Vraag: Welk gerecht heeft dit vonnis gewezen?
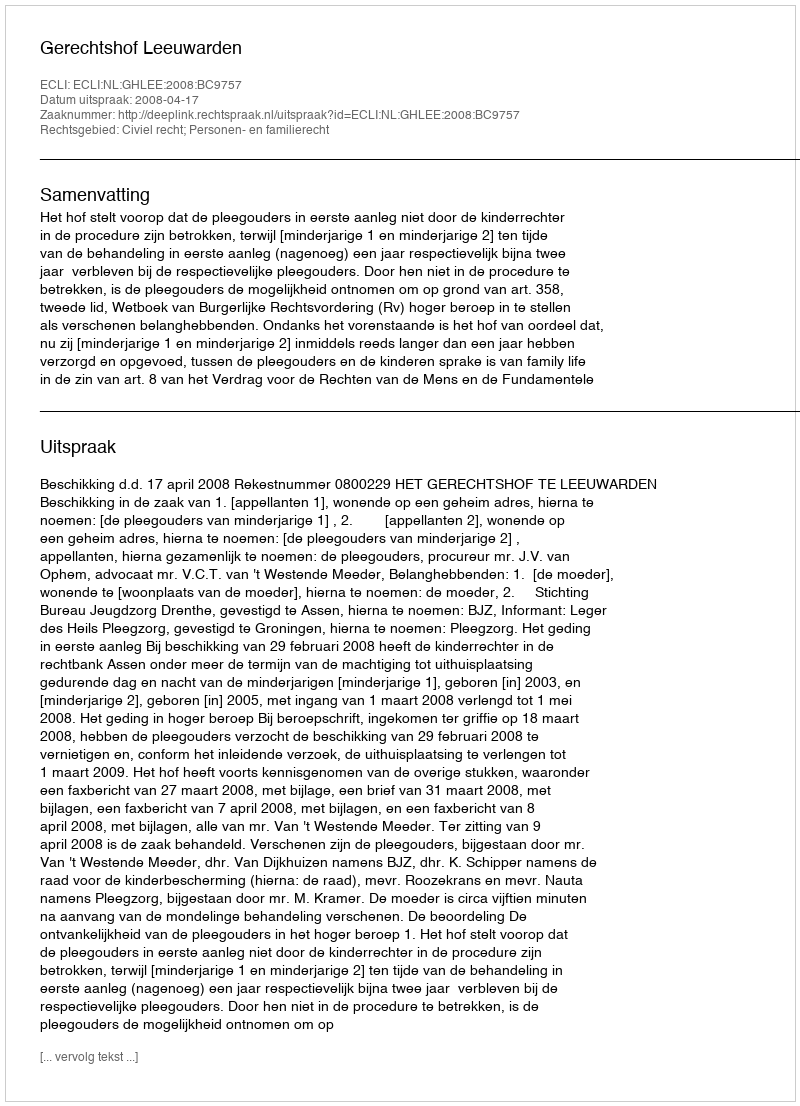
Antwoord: Gerechtshof Leeuwarden